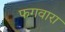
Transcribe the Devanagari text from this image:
फगवारा